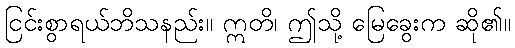
ငြင်းစွာရယ်ဘိသနည်း။ ဣတိ၊ ဤသို့ မြေခွေးက ဆို၏။